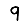
Digit: 9